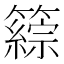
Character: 𥵹